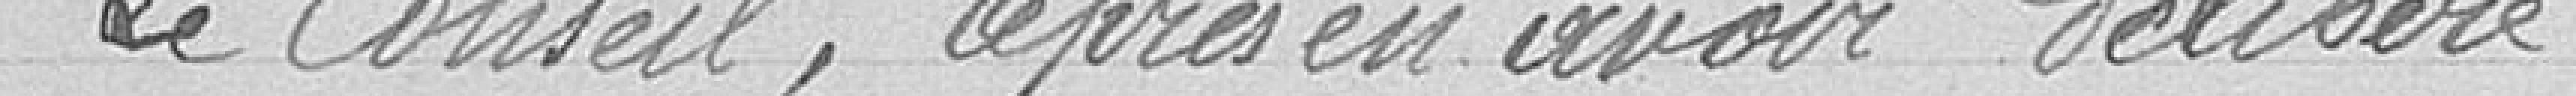
Le Conseil, après avoir délibéré :